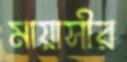
মায়াসীর